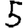
Digit: 5